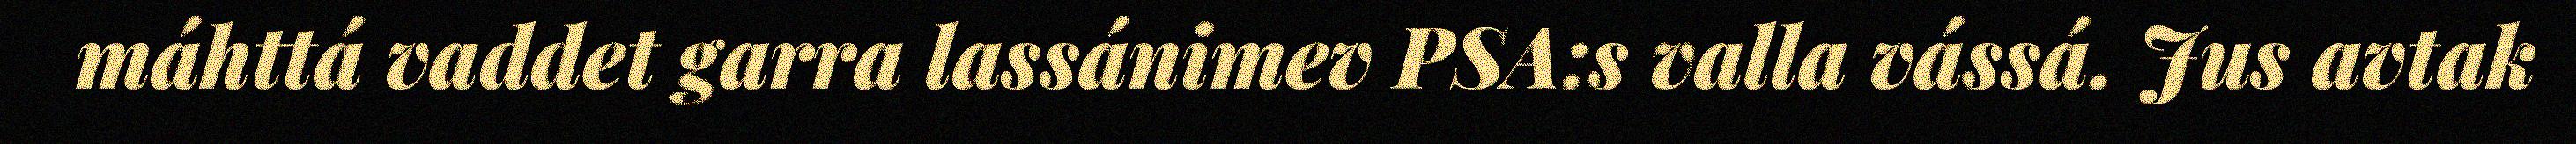
máhttá vaddet garra lassánimev PSA:s valla vássá. Jus avtak